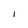
Character: I